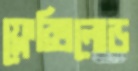
ফ্লেক্সিলোড